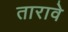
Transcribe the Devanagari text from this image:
तारावे